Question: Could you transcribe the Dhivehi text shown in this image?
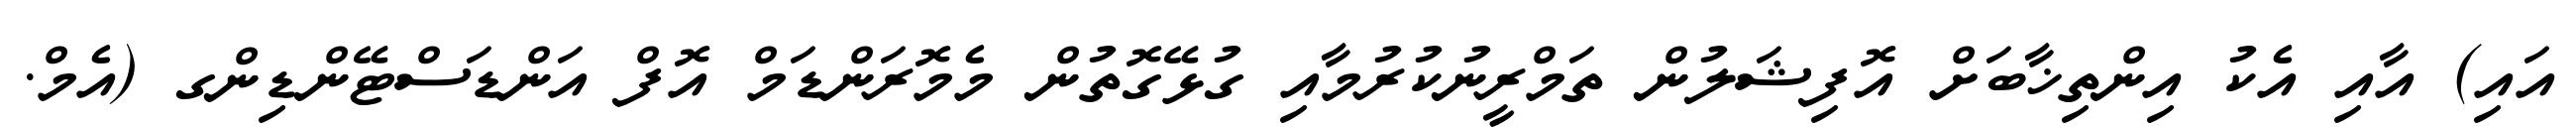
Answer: އައި) އާއި އެކު އިންތިޚާބަށް އޮފިޝަލުން ތަމްރީނުކުރުމާއި ގުޅޭގޮތުން މެމޮރަންޑަމް އޮފް އަންޑަސްޓޭންޑިންގ (އެމް.